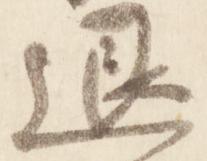
退